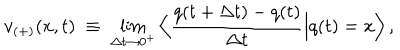
v _ { ( + ) } ( x , t ) \; \equiv \; \lim _ { \Delta t \rightarrow 0 ^ { + } } \Big \langle \frac { q ( t + \Delta t ) - q ( t ) } { \Delta t } \Big | q ( t ) = x \Big \rangle \, ,